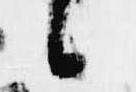
候